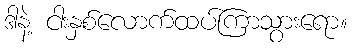
ဒါနဲ့ ငါးနှစ်လောက်ထပ်ကြာသွားရော။